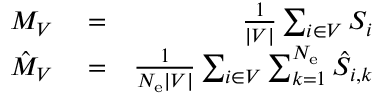
\begin{array} { r l r } { M _ { V } } & { { } = } & { \frac { 1 } { | V | } \sum _ { i \in V } S _ { i } } \\ { \hat { M } _ { V } } & { { } = } & { \frac { 1 } { N _ { \mathrm { e } } | V | } \sum _ { i \in V } \sum _ { k = 1 } ^ { N _ { \mathrm { e } } } \hat { S } _ { i , k } } \end{array}